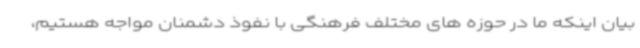
بیان اینکه ما در حوزه های مختلف فرهنگی با نفوذ دشمنان مواجه هستیم،